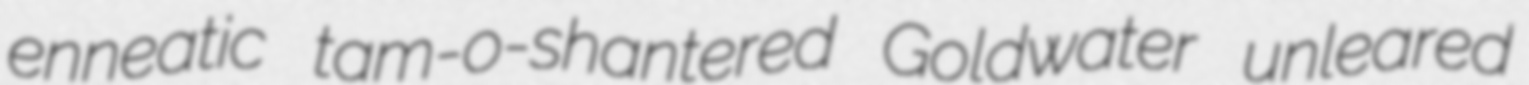
enneatic tam-o-shantered Goldwater unleared